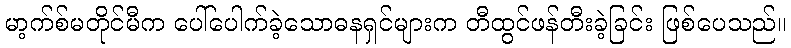
မာ့က်စ်မတိုင်မီက ပေါ်ပေါက်ခဲ့သောဓနရှင်များက တီထွင်ဖန်တီးခဲ့ခြင်း ဖြစ်ပေသည်။